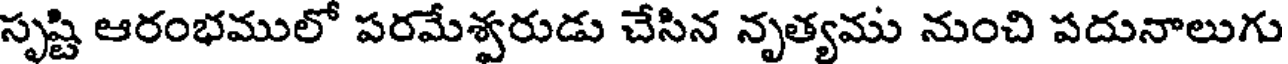
సృష్టి ఆరంభములో పరమేశ్వరుడు చేసిన నృత్యము నుంచి పదునాలుగు